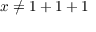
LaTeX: \, \! x \neq 1 + 1 + 1